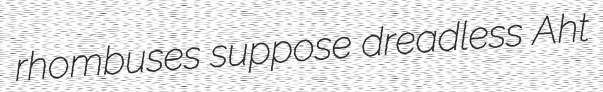
rhombuses suppose dreadless Aht